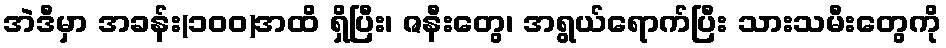
အဲဒီမှာ အခန်း(၁၀၀)အထိ ရှိပြီး၊ ဇနီးတွေ၊ အရွယ်ရောက်ပြီး သားသမီးတွေကို